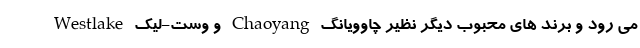
می رود و برند های محبوب دیگر نظیر چاوویانگ Chaoyang و وست-لیک Westlake